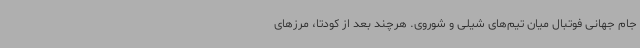
جام جهانی فوتبال میان تیم‌های شیلی و شوروی. هرچند بعد از کودتا، مرزهای